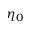
\eta _ { 0 }